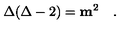
\Delta ( \Delta - 2 ) = { \mathbf m } ^ { 2 } \quad .